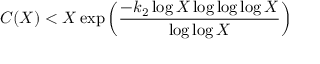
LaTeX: C ( X ) < X \exp \left( { \frac { - k _ { 2 } \log X \log \log \log X } { \log \log X } } \right)